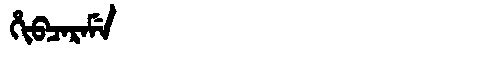
Manchu: ᡥᡳᠪᠴᠠᡵᠠᠮᡝ
Romanization: HIBCARAME